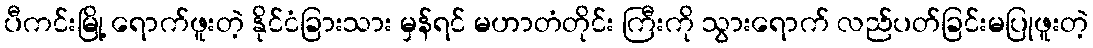
ပီကင်းမြို့ ရောက်ဖူးတဲ့ နိုင်ငံခြားသား မှန်ရင် မဟာတံတိုင်း ကြီးကို သွားရောက် လည်ပတ်ခြင်းမပြုဖူးတဲ့